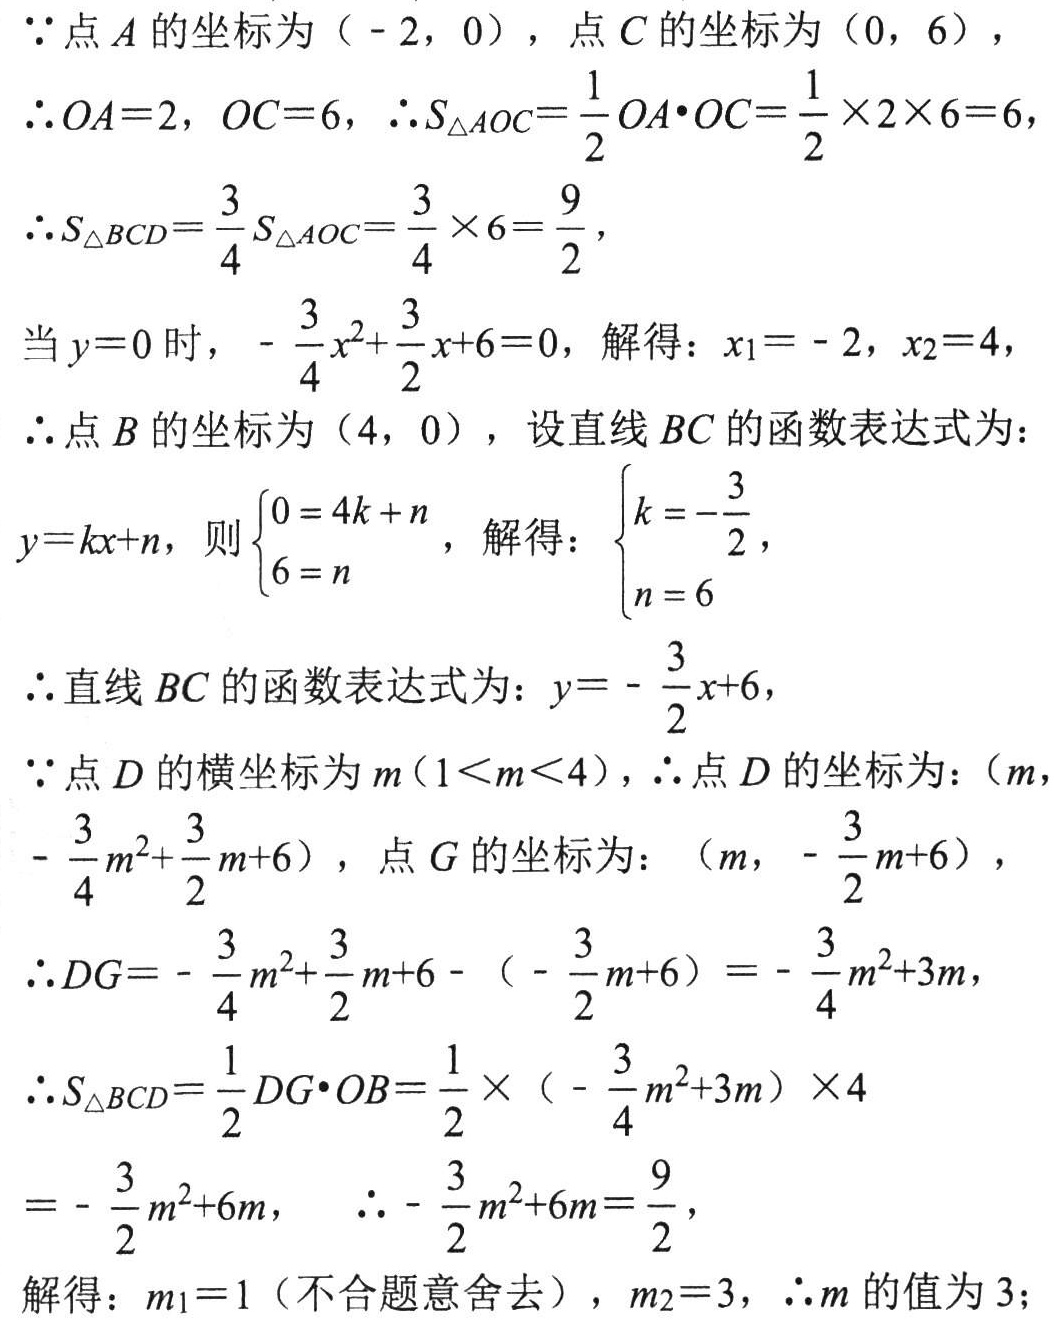
$\because$点$A$的坐标为（$-2,0$），点$C$的坐标为（$0,6$），
$\therefore OA = 2$，$OC = 6$，$\therefore S_{\triangle AOC}=\frac{1}{2}OA\cdot OC=\frac{1}{2}\times2\times6 = 6$，
$\therefore S_{\triangle BCD}=\frac{3}{4}S_{\triangle AOC}=\frac{3}{4}\times6=\frac{9}{2}$，
当$y = 0$时，$-\frac{3}{4}x^{2}+\frac{3}{2}x + 6 = 0$，解得：$x_{1}=-2$，$x_{2}=4$，
$\therefore$点$B$的坐标为（$4,0$），设直线$BC$的函数表达式为：
$y = kx + n$，则$\begin{cases}0 = 4k + n\\6 = n\end{cases}$，解得：$\begin{cases}k = -\frac{3}{2}\\n = 6\end{cases}$
$\therefore$直线$BC$的函数表达式为：$y = -\frac{3}{2}x + 6$，
$\because$点$D$的横坐标为$m(1\lt m\lt4)$，$\therefore$点$D$的坐标为：（$m$，$-\frac{3}{4}m^{2}+\frac{3}{2}m + 6$），点$G$的坐标为：（$m$，$-\frac{3}{2}m + 6$），
$\therefore DG=-\frac{3}{4}m^{2}+\frac{3}{2}m + 6-(-\frac{3}{2}m + 6)=-\frac{3}{4}m^{2}+3m$，
$\therefore S_{\triangle BCD}=\frac{1}{2}DG\cdot OB=\frac{1}{2}\times(-\frac{3}{4}m^{2}+3m)\times4$
$=-\frac{3}{2}m^{2}+6m$， $\therefore -\frac{3}{2}m^{2}+6m=\frac{9}{2}$，
解得：$m_{1}=1$（不合题意舍去），$m_{2}=3$，$\therefore m$的值为$3$；